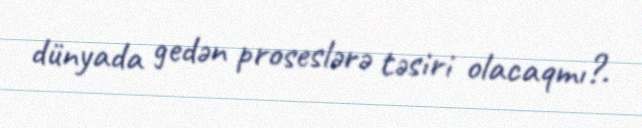
dünyada gedən proseslərə təsiri olacaqmı?.